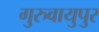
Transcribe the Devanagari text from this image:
गुरुवायुपुर